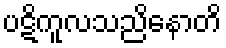
ပဋိကူလသညိနောတိ